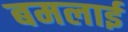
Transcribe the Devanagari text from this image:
बमलाई